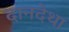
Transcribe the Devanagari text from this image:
दानदेथा